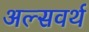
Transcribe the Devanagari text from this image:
अल्सवर्थ